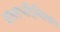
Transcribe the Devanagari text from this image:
वल्लभदिग्विजय